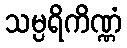
သမ္ပရိကိဏ္ဏံ